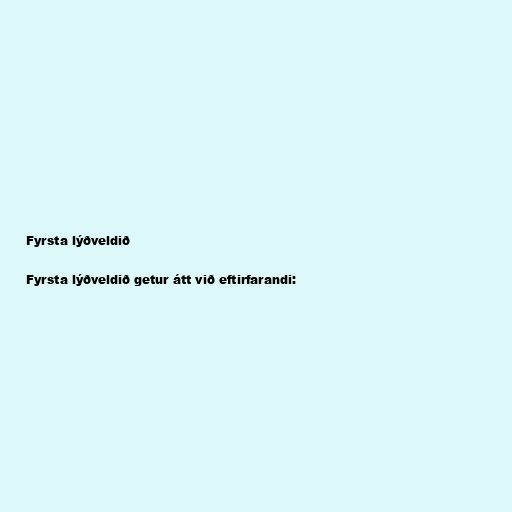
Fyrsta lýðveldið

Fyrsta lýðveldið getur átt við eftirfarandi: